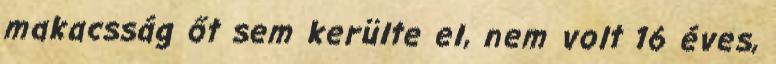
makacsság őt sem kerülte el, nem volt 16 éves,